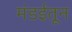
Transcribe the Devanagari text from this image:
मंडईतून